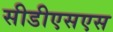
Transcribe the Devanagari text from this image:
सीडीएसएस